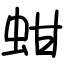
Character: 蚶